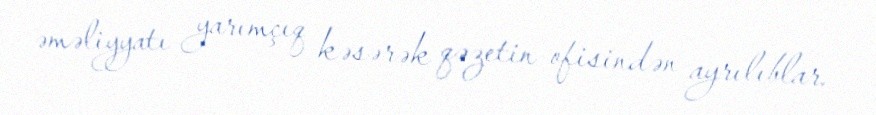
əməliyyatı yarımçıq kəsərək qəzetin ofisindən ayrılıblar.